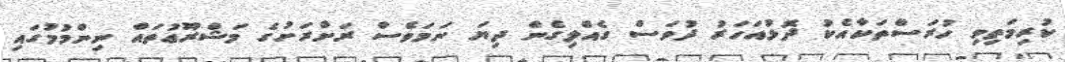
ކުރިމަތިވި ހުރަސްތަކާއެކު ދޮޅުއަހަރު ދުވަސް ގެއްލިގެން ދިޔަ ނަމަވެސް ރަށްރަށުގެ މަޝްރޫޢުތައް ނިންމުމުގައި